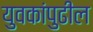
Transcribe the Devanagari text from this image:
युवकांपुढील